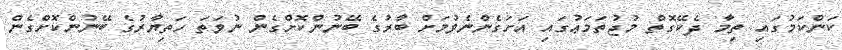
ކަންކަމުގައި ތިމާ ދެކޭގޮތް މުޖުތަމަޢުގައި އަށަގެންނެވުމަށް ބާރުގެ ބޭނުންކޮށްގެން ނުވަތަ ހަތިޔާރުގެ ބޭނުންކޮށްގެން